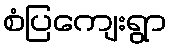
စံပြကျေးရွာ